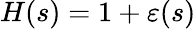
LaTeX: \begin{array}{r}{H(s)=1+\varepsilon(s)}\end{array}